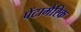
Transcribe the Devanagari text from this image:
पेंटामेरिक